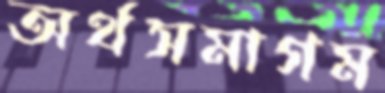
অর্থসমাগম